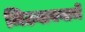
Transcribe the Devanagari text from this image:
मिटवावयाचें